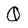
Character: Q